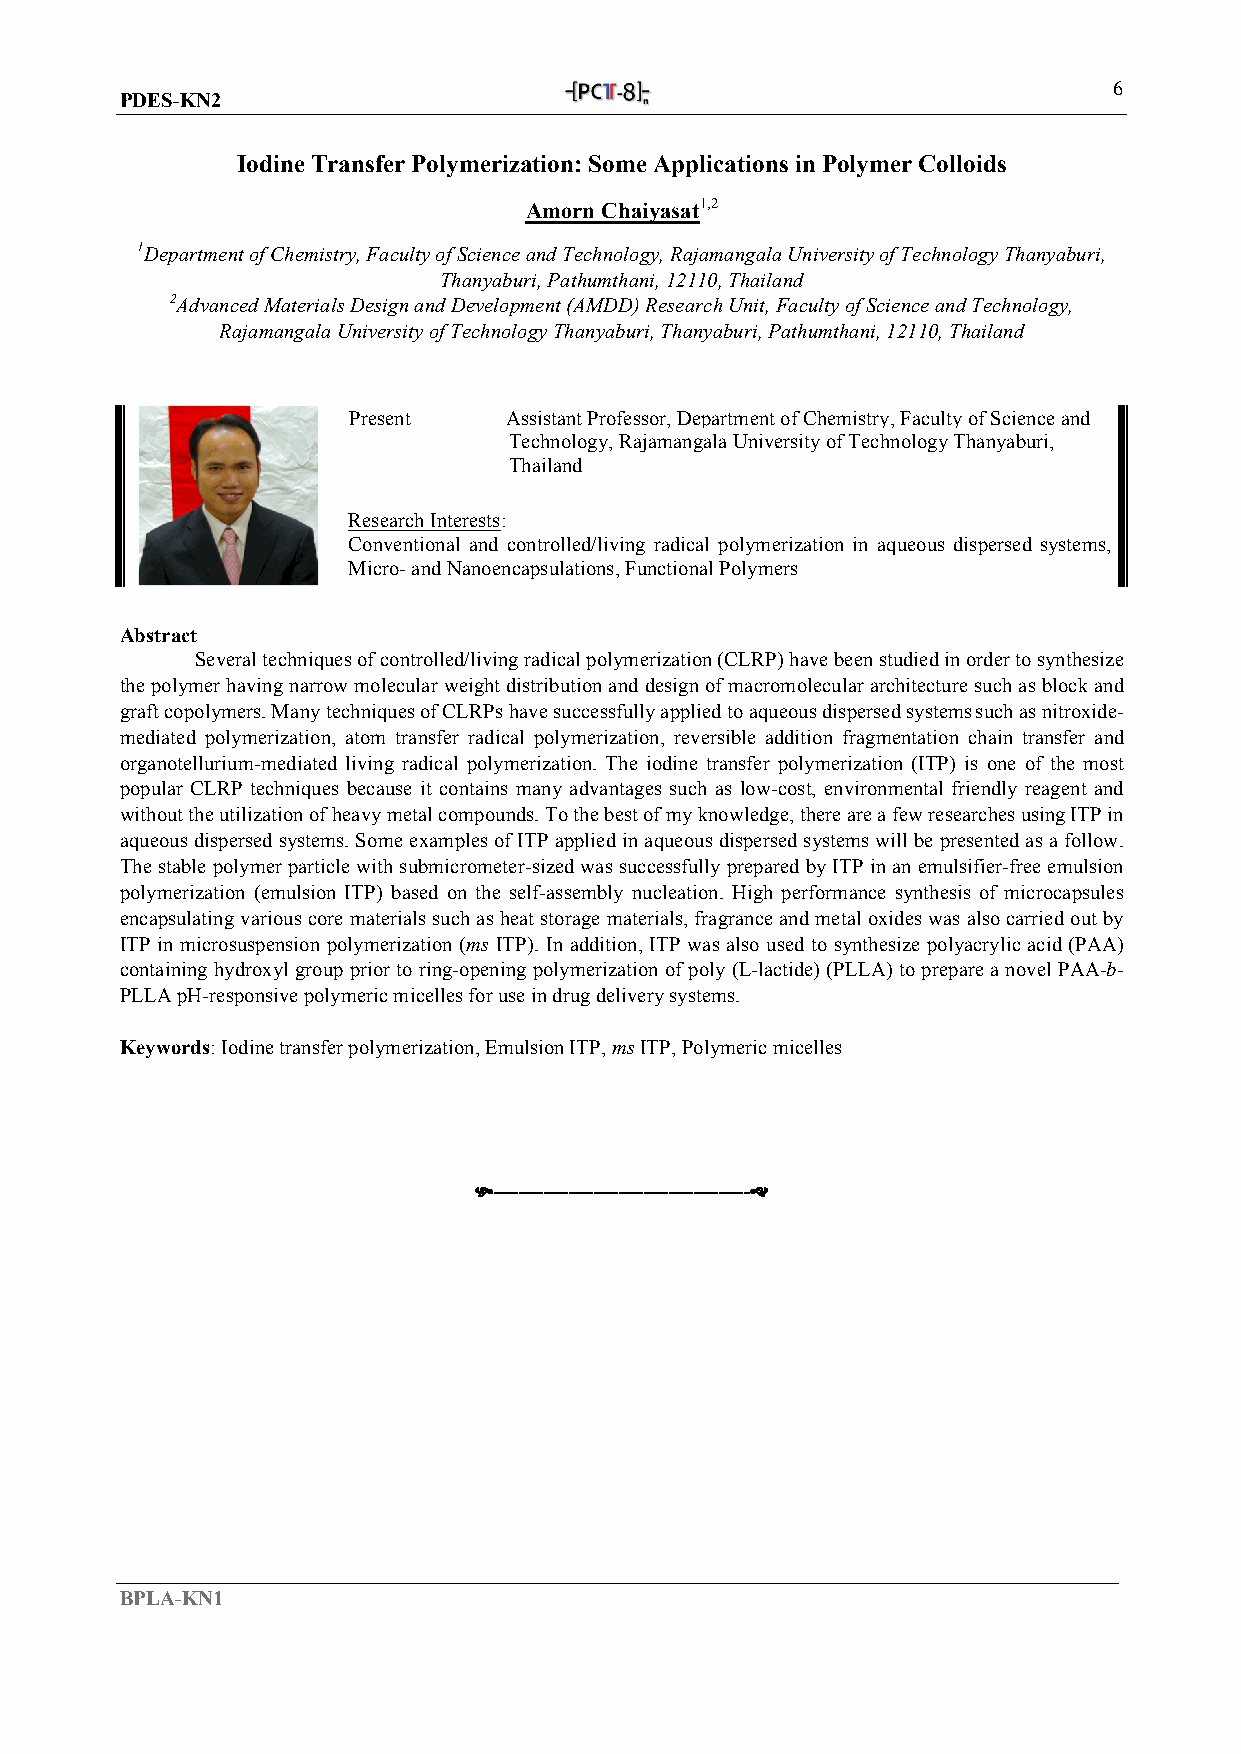
6
 PDES-KN2
 Iodine Transfer Polymerization: Some Applications in Polymer Colloids
 Amorn Chaiyasat1,2
 1Department of Chemistry, Faculty of Science and Technology, Rajamangala University of Technology Thanyaburi,
 Thanyaburi, Pathumthani, 12110, Thailand
 2Advanced Materials Design and Development (AMDD) Research Unit, Faculty of Science and Technology,
 Rajamangala University of Technology Thanyaburi, Thanyaburi, Pathumthani, 12110, Thailand
 Present   Assistant Professor, Department of Chemistry, Faculty of Science and
 Technology, Rajamangala University of Technology Thanyaburi,
 Thailand
 Research Interests:
 Conventional and controlled/living radical polymerization in aqueous dispersed systems,
 Micro- and Nanoencapsulations, Functional Polymers
 Abstract
 Several techniques of controlled/living radical polymerization (CLRP) have been studied in order to synthesize
 the polymer having narrow molecular weight distribution and design of macromolecular architecture such as block and
 graft copolymers. Many techniques of CLRPs have successfully applied to aqueous dispersed systems such as nitroxide-
 mediated polymerization, atom transfer radical polymerization, reversible addition fragmentation chain transfer and
 organotellurium-mediated living radical polymerization. The iodine transfer polymerization (ITP) is one of the most
 popular CLRP techniques because it contains many advantages such as low-cost, environmental friendly reagent and
 without the utilization of heavy metal compounds. To the best of my knowledge, there are a few researches using ITP in
 aqueous dispersed systems. Some examples of ITP applied in aqueous dispersed systems will be presented as a follow.
 The stable polymer particle with submicrometer-sized was successfully prepared by ITP in an emulsifier-free emulsion
 polymerization (emulsion ITP) based on the self-assembly nucleation. High performance synthesis of microcapsules
 encapsulating various core materials such as heat storage materials, fragrance and metal oxides was also carried out by
 ITP in microsuspension polymerization (ms ITP). In addition, ITP was also used to synthesize polyacrylic acid (PAA)
 containing hydroxyl group prior to ring-opening polymerization of poly (L-lactide) (PLLA) to prepare a novel PAA-b-
 PLLA pH-responsive polymeric micelles for use in drug delivery systems.
 Keywords: Iodine transfer polymerization, Emulsion ITP, ms ITP, Polymeric micelles
 -----------------------------------------
 BPLA-KN1